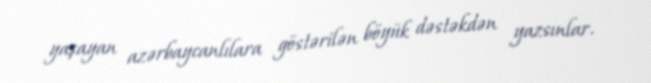
yaşayan azərbaycanlılara göstərilən böyük dəstəkdən yazsınlar.